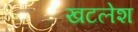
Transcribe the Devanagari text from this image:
खटलेश